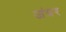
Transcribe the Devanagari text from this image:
जंघर